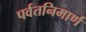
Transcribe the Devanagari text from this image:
पर्वतनिमार्ण